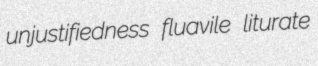
unjustifiedness fluavile liturate